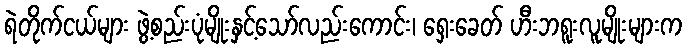
ရဲတိုက်ငယ်များ ဖွဲ့စည်းပုံမျိုးနှင့်သော်လည်းကောင်း၊ ရှေးခေတ် ဟီးဘရူးလူမျိုးများက